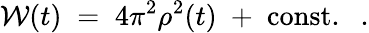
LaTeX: {\cal W}(t)\; =\; 4\pi^{2}\rho^{2}(t)\; +\; \mathrm{const.}~~~.